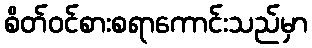
စိတ်ဝင်စားစရာကောင်းသည်မှာ